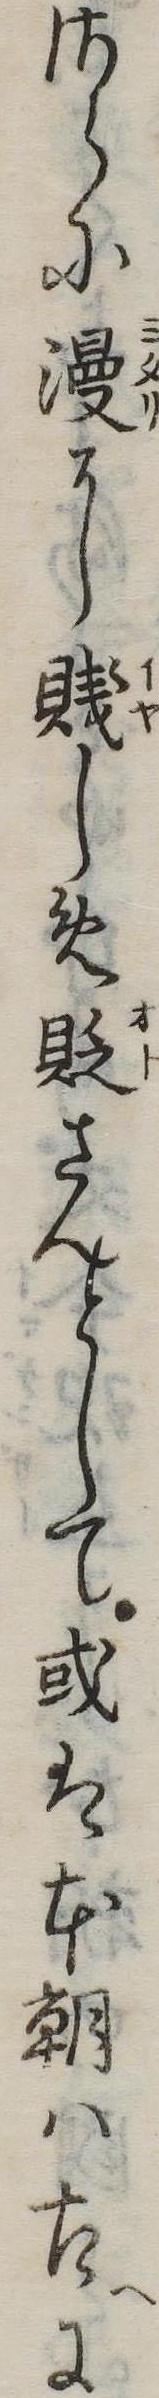
さらに漫に賎しめ貶さんとして或は本朝は古に